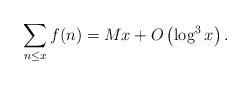
LaTeX: \begin{align*} \sum_{n\le x} f(n) = M x + O \left(\log^3 x \right).\end{align*}